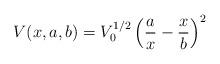
LaTeX: \begin{align*}V(x,a,b)=V_{0}^{1/2}\left(\frac{a}{x}-\frac{x}{b}\right)^{2}\end{align*}